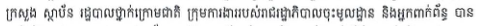
ក្រសួង ស្ថាប័ន រដ្ឋបាលថ្នាក់ក្រោមជាតិ ក្រុមការងាររបស់រាជរដ្ឋាភិបាលចុះមូលដ្ឋាន និងអ្នកពាក់ព័ន្ធ បាន